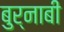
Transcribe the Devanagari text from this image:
बुर्नाबी